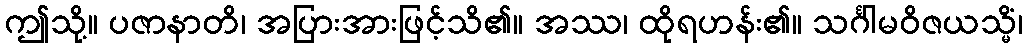
ဤသို့။ ပဇာနာတိ၊ အပြားအားဖြင့်သိ၏။ အဿ၊ ထိုရဟန်း၏။ သင်္ဂါမဝိဇယသ္မိံ၊